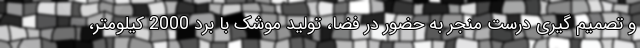
و تصمیم گیری درست منجر به حضور در فضا، تولید موشک با برد 2000 کیلومتر،